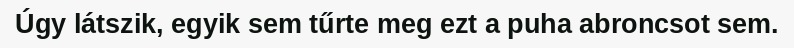
Úgy látszik, egyik sem tűrte meg ezt a puha abroncsot sem.